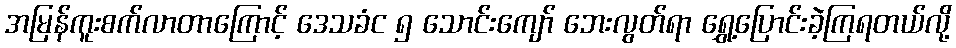
အမြန်ကူးစက်လာတာကြောင့် ဒေသခံင ၅ သောင်းကျော် ဘေးလွတ်ရာ ရွှေ့ပြောင်းခဲ့ကြရတယ်လို့